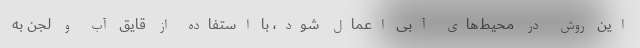
این روش در محیط‌های آبی اعمال شود، با استفاده از قایق آب و لجن به